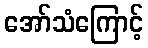
အော်သံကြောင့်